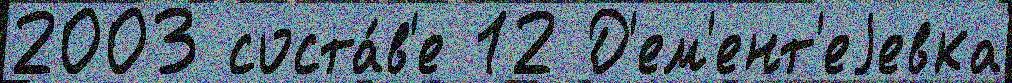
2003 соста́в'е 12 Д'ем'ент'еjевка